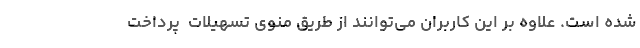
شده است. علاوه بر این کاربران می‌توانند از طریق منوی تسهیلات  پرداخت